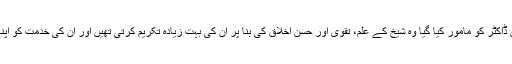
ہسپتال میں آپ کی دیکھ بھال پر جس خاتون ڈاکٹر کو مامور کیا گیا وہ شیخ کے علم، تقویٰ اور حسن اخلاق کی بنا پر ان کی بہت زیادہ تکریم کرتی تھیں اور ان کی خدمت کو اپنے لیے باعث شرف و اختیار سمجھتی تھیں۔